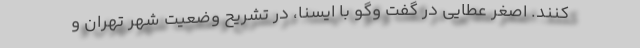
کنند. اصغر عطایی در گفت وگو با ایسنا، در تشریح وضعیت شهر تهران و